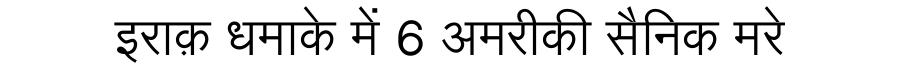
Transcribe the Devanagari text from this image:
इराक़ धमाके में 6 अमरीकी सैनिक मरे